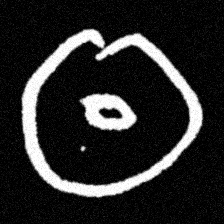
Pyu character \u2014 Myanmar letter: ထ (romanized: tha)